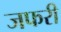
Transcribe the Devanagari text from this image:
जफरी